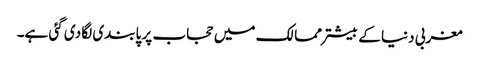
مغربی دنیا کے بیشتر ممالک میں حجاب پر پابندی لگا دی گئی ہے۔